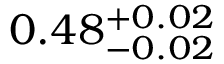
0 . 4 8 _ { - 0 . 0 2 } ^ { + 0 . 0 2 }